Calcutta medical institutions reports 1879-81 [i.e.91]
Year: 1879
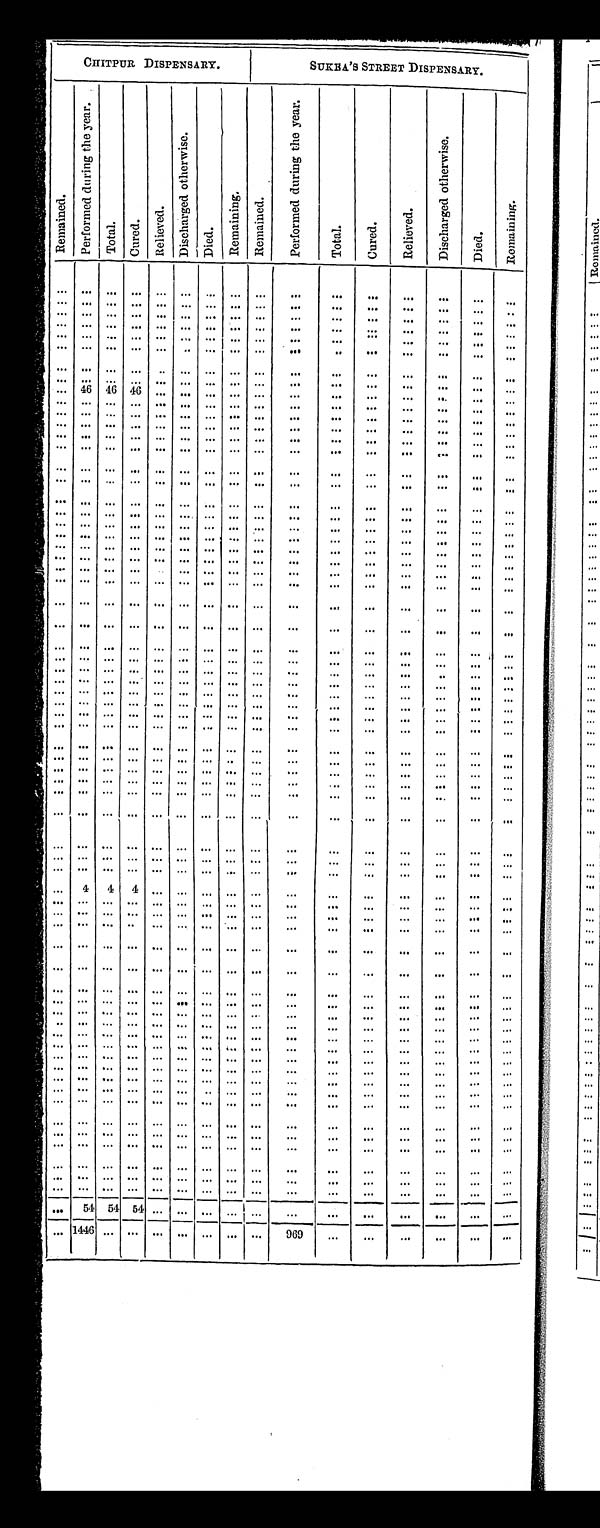
CHITPUR DISPENSARY.
SUKBA'S STREET DISPENSARY.
R e m a i n e d .
P e r f o r m e d d u r i n g t h e y e a r .
T o t a l . C u r e d .
R e l i e v e d .
D i s c h a r g e d o t h e r w i s e .
D i e d .
R e m a i n i n g . R e m a i n e d .
P e r f o r m e d d u r i n g t h e y e a r .
T o t a l .
C u r e d .
R e l i e v e d .
D i s c h a r g e d o t h e r w i s e .
D i e d .
R e m a i n i n g .
. . .
. . . . . . . . . . . . . . .
. . .
. . . . . .
. . .
. . .
. . .
. . .
. . .
. . .
. . .
. . .
. . . . . . . . . . . . . . .
. .
. . . . . .
. . .
. . .
. . .
. . .
. . .
. . .
. . .
. . .
. . . . . . . . . . . .
. . .
. . .
. . . . . .
. . .
. . .
. . .
. . .
. . .
. . .
. . .
. . .
. . . . . . . . . . . .
. . .
. . .
. . . . . .
. . .
. . .
. . .
. . .
. . .
. . .
. . .
. . .
. . . . . . . . . . . .
. . .
. . .
. . . . . .
. . .
. . .
. . .
. . .
. . .
. . .
. . .
. . .
. . . . . . . . . . . .
. . .
. . .
. . . . . .
. . .
. . .
. . .
. . .
. . .
. . .
. . .
. . .
. . . . . . . . . . . .
. . .
. . .
. . . . . .
. . .
. . .
. . .
. . .
. . .
. . .
. . .
. . .
. . . . . . . . . . . .
. . .
. . .
. . . . . .
. . .
. . .
. . .
. . .
. . .
. . .
. . .
. . . 46 46 46 . . .
. . .
. . .
. . .
. . .
. . .
. . .
. . .
. . .
. . .
. . .
. . .
. . .
. . . . . . . . . . . .
. . .
. . .
. . . . . .
. . .
. . .
. . .
. . .
. . .
. . .
. . .
. . .
. . . . . . . . . . . .
. . .
. . .
. . . . . .
. . .
. . .
. . .
. . .
. . .
. . .
. . .
. . .
. . . . . . . . . . . .
. . .
. . .
. . . . . .
. . .
. . .
. . .
. . .
. . .
. . .
. . .
. . .
. . . . . . . . . . . .
. . .
. . .
. . . . . .
. . .
. . .
. . .
. . .
. . .
. . .
. . .
. . .
. . . . . . . . . . . .
. . .
. . .
. . . . . .
. . .
. . .
. . .
. . .
. . .
. . .
. . .
. . .
. . . . . . . . . . . .
. . .
. . .
. . .
. . .
. . .
. . .
. . .
. . . . . .
. . .
. . .
. . .
. . . . . . . . . . . .
. . .
. . .
. . .
. . .
. . .
. . .
. . .
. . .
. . .
. . .
. . .
. . .
. . . . . . . . . . . .
. . .
. . .
. . . . . .
. . .
. . .
. . .
. . .
. . . . . .
. . .
. . .
. . . . . . . . . . . .
. . .
. . . . . . . . .
. . .
. . .
. . .
. . .
. . .
. . .
. . .
. . .
. . . . . . . . . . . . . . .
. . .
. . . . . .
. . .
. . .
. . .
. . .
. . .
. . .
. . .
. . .
. . .
. . .
. . . . . .
. . .
. . . . . . . . .
. . .
. . .
. . .
. . .
. . .
. . .
. . .
. . .
. . . . . . . . . . . . . . .
. . .
. . . . . .
. . .
. . .
. . .
. . .
. . .
. . .
. . .
. . .
. . .
. . .
. . .
. . .
. . .
. . . . . . . . .
. . .
. . .
. . . . . .
. . .
. . .
. . .
. . .
. . . . . . . . . . . . . . .
. . .
. . . . . .
. . .
. . .
. . .
. . .
. . .
. . .
. . .
. . .
. . .
. . .
. . . . . .
. . .
. . . . . . . . .
. . .
. . .
. . .
. . .
. . .
. . .
. . .
. . .
. . . . . . . . . . . . . . .
. . .
. . . . . .
. . .
. . .
. . .
. . .
. . .
. . .
. . .
. . .
. . .
. . .
. . . . . .
. . .
. . . . . . . . .
. . .
. . .
. . .
. . .
. . .
. . .
. . .
. . . . . . . . . . . . . . . . . .
. . .
. . . . . .
. . .
. . .
. . .
. . .
. . .
. . .
. . .
. . .
. . . . . . . . . . . . . . .
. . .
. . . . . .
. . .
. . .
. . .
. . .
. . .
. . .
. . .
. . .
. . . . . . . . . . . . . . .
. . .
. . . . . .
. . .
. . .
. . .
. . .
. . .
. . .
. . .
. . .
. . .
. . .
. . . . . .
. . .
. . . . . . . . .
. . .
. . .
. . .
. . .
. . .
. . .
. . .
. . .
. . . . . . . . . . . . . . .
. . .
. . . . . .
. . .
. . .
. . .
. . .
. . .
. . .
. . .
. . .
. . . . . . . . . . . . . . .
. . .
. . . . . .
. . .
. . .
. . .
. . .
. . .
. . .
. . .
. . .
. . .
. . .
. . .
. . .
. . .
. . . . . .
. . .
. . .
. . .
. . .
. . .
. . .
. . .
. . .
. . .
. . .
. . .
. . .
. . .
. . .
. . . . . . . . .
. . .
. . .
. . .
. . .
. . .
. . .
. . .
. . .
. . .
. . . . . .
. . .
. . .
. . .
. . .
. . .
. . .
. . .
. . .
. . .
. . .
. . .
. . .
. . .
. . .
. . . . . .
. . .
. . .
. . .
. . .
. . .
. . .
. . .
. . .
. . .
. . .
. . .
. . .
. . .
. . .
. . . . . .
. . .
. . .
. . .
. . .
. . .
. . .
. . .
. . .
. . .
. . .
. . .
. . .
. . .
. . .
. . . . . .
. . .
. . .
. . .
. . .
. . .
. . .
. . .
. . .
. . .
. . .
. . .
. . .
. . .
. . . . . .
. . .
. . . . . .
. . .
. . . . . .
. . .
. . .
. . .
. . .
. . .
. . .
. . .
. . . . . . . . . . . .
. . . . . .
. . .
. . . . . .
. . .
. . .
. . .
. . .
. . .
. . .
. . .
. . . . . . . . . . . .
. . . . . .
. . .
. . . . . .
. . .
. . .
. . .
. . .
. . .
. . .
. . .
. . .
. . . . . .
. . .
. . . . . .
. . .
. . . . . .
. . .
. . .
. . .
. . .
. . .
. . .
. . .
. . .
. . . . . .
. . .
. . . . . .
. . .
. . . . . .
. . .
. . .
. . .
. . .
. . .
. . . . . .
. . . 4 4
4
. . . . . .
. . .
. . . . . .
. . .
. . .
. . .
. . .
. . .
. . . . . .
. . . . . .. . . . . .
. . . . . .
. . .
. . . . . .
. . .
. . .
. . .
. . .
. . .
. . .
. . .
. . . . . .. . . . . .
. . . . . .
. . .
. . . . . .
. . .
. . .
. . .
. . .
. . .
. . .
. . .
. . .
. . . . . .
. . .
. . . . . .
. . .
. . . . . .
. . .
. . .
. . .
. . .
. . .
. . .
. . .
. . . . . .. . . . . .
. . . . . .
. . .
. . . . . .
. . .
. . .
. . .
. . .
. . .
. . .
. . .
. . .
. . . . . .
. . .
. . . . . .
. . .
. . . . . .
. . .
. . .
. . .
. . .
. . .
. . .
. . .
. . .
. . . . . .
. . .
. . . . . .
. . .
. . . . . .
. . .
. . .
. . .
. . .
. . .
. . .
. . .
. . . . . .. . . . . .
. . . . . .
. . .
. . . . . .
. . .
. . .
. . .
. . .
. . .
. . .
. . .
. . .
. . . . . .
. . .
. . . . . .
. . .
. . . . . .
. . .
. . .
. . .
. . .
. . .
. . .
. . .
. . .
. . . . . .
. . .
. . . . . .
. . .
. . . . . .
. . .
. . .
. . .
. . .
. . .
. . .
. . .
. . .
. . . . . .
. . .
. . . . . .
. . .
. . . . . .
. . .
. . .
. . .
. . .
. . .
. . .
. . .
. . . . . .. . . . . .
. . . . . .
. . .
. . . . . .
. . .
. . .
. . .
. . .
. . .
. . .
. . .
. . . . . .. . . . . .
. . . . . .
. . .
. . . . . . . . .
. . .
. . .
. . .
. . .
. . .
. . .
. . .
. . . . . .
. . .
. . . . . .
. . .
. . . . . .
. . .
. . .
. . .
. . .
. . .
. . .
. . .
. . .
. . . . . .
. . .
. . . . . .
. . .
. . . . . .
. . .
. . .
. . .
. . .
. . .
. . .
. . .
. . .
. . . . . .
. . .
. . . . . .
. . .
. . . . . .
. . .
. . .
. . .
. . .
. . .
. . .
. . .
. . .
. . . . . .
. . .
. . . . . .
. . .
. . . . . .
. . .
. . .
. . .
. . .
. . .
. . .
. . .
. . . . . .. . . . . .
. . . . . .
. . .
. . . . . .
. . .
. . .
. . .
. . .
. . .
. . .
. . .
. . . . . .. . . . . .
. . . . . .
. . .
. . . . . .
. . .
. . .
. . .
. . .
. . .
. . .
. . .
. . .
. . . . . .
. . .
. . . . . .
. . .
. . . . . .
. . .
. . .
. . .
. . .
. . .
. . .
. . .
. . .
. . . . . .
. . .
. . . . . .
. . .
. . . . . .
. . .
. . .
. . .
. . .
. . .
. . .
. . .
. . .
. . . . . .
. . .
. . . . . .
. . .
. . . . . .
. . .
. . .
. . .
. . .
. . .
. . .
. . .
. . . . . .. . . . . .
. . . . . .
. . .
. . . . . .
. . .
. . .
. . .
. . .
. . .
. . .
. . .
. . .
54 54
54 . . . . . .
. . .
. . . . . .
. . .
. . .
. . .
. . .
. . .
. . .
. . .
. . .
1446. . . . . .
. . .
. . .
. . .
. . .
. . .
9 6 9
. . .
. . .
. . .
. . .
. . .
. . .